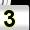
Digit: 3